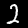
Digit: 2